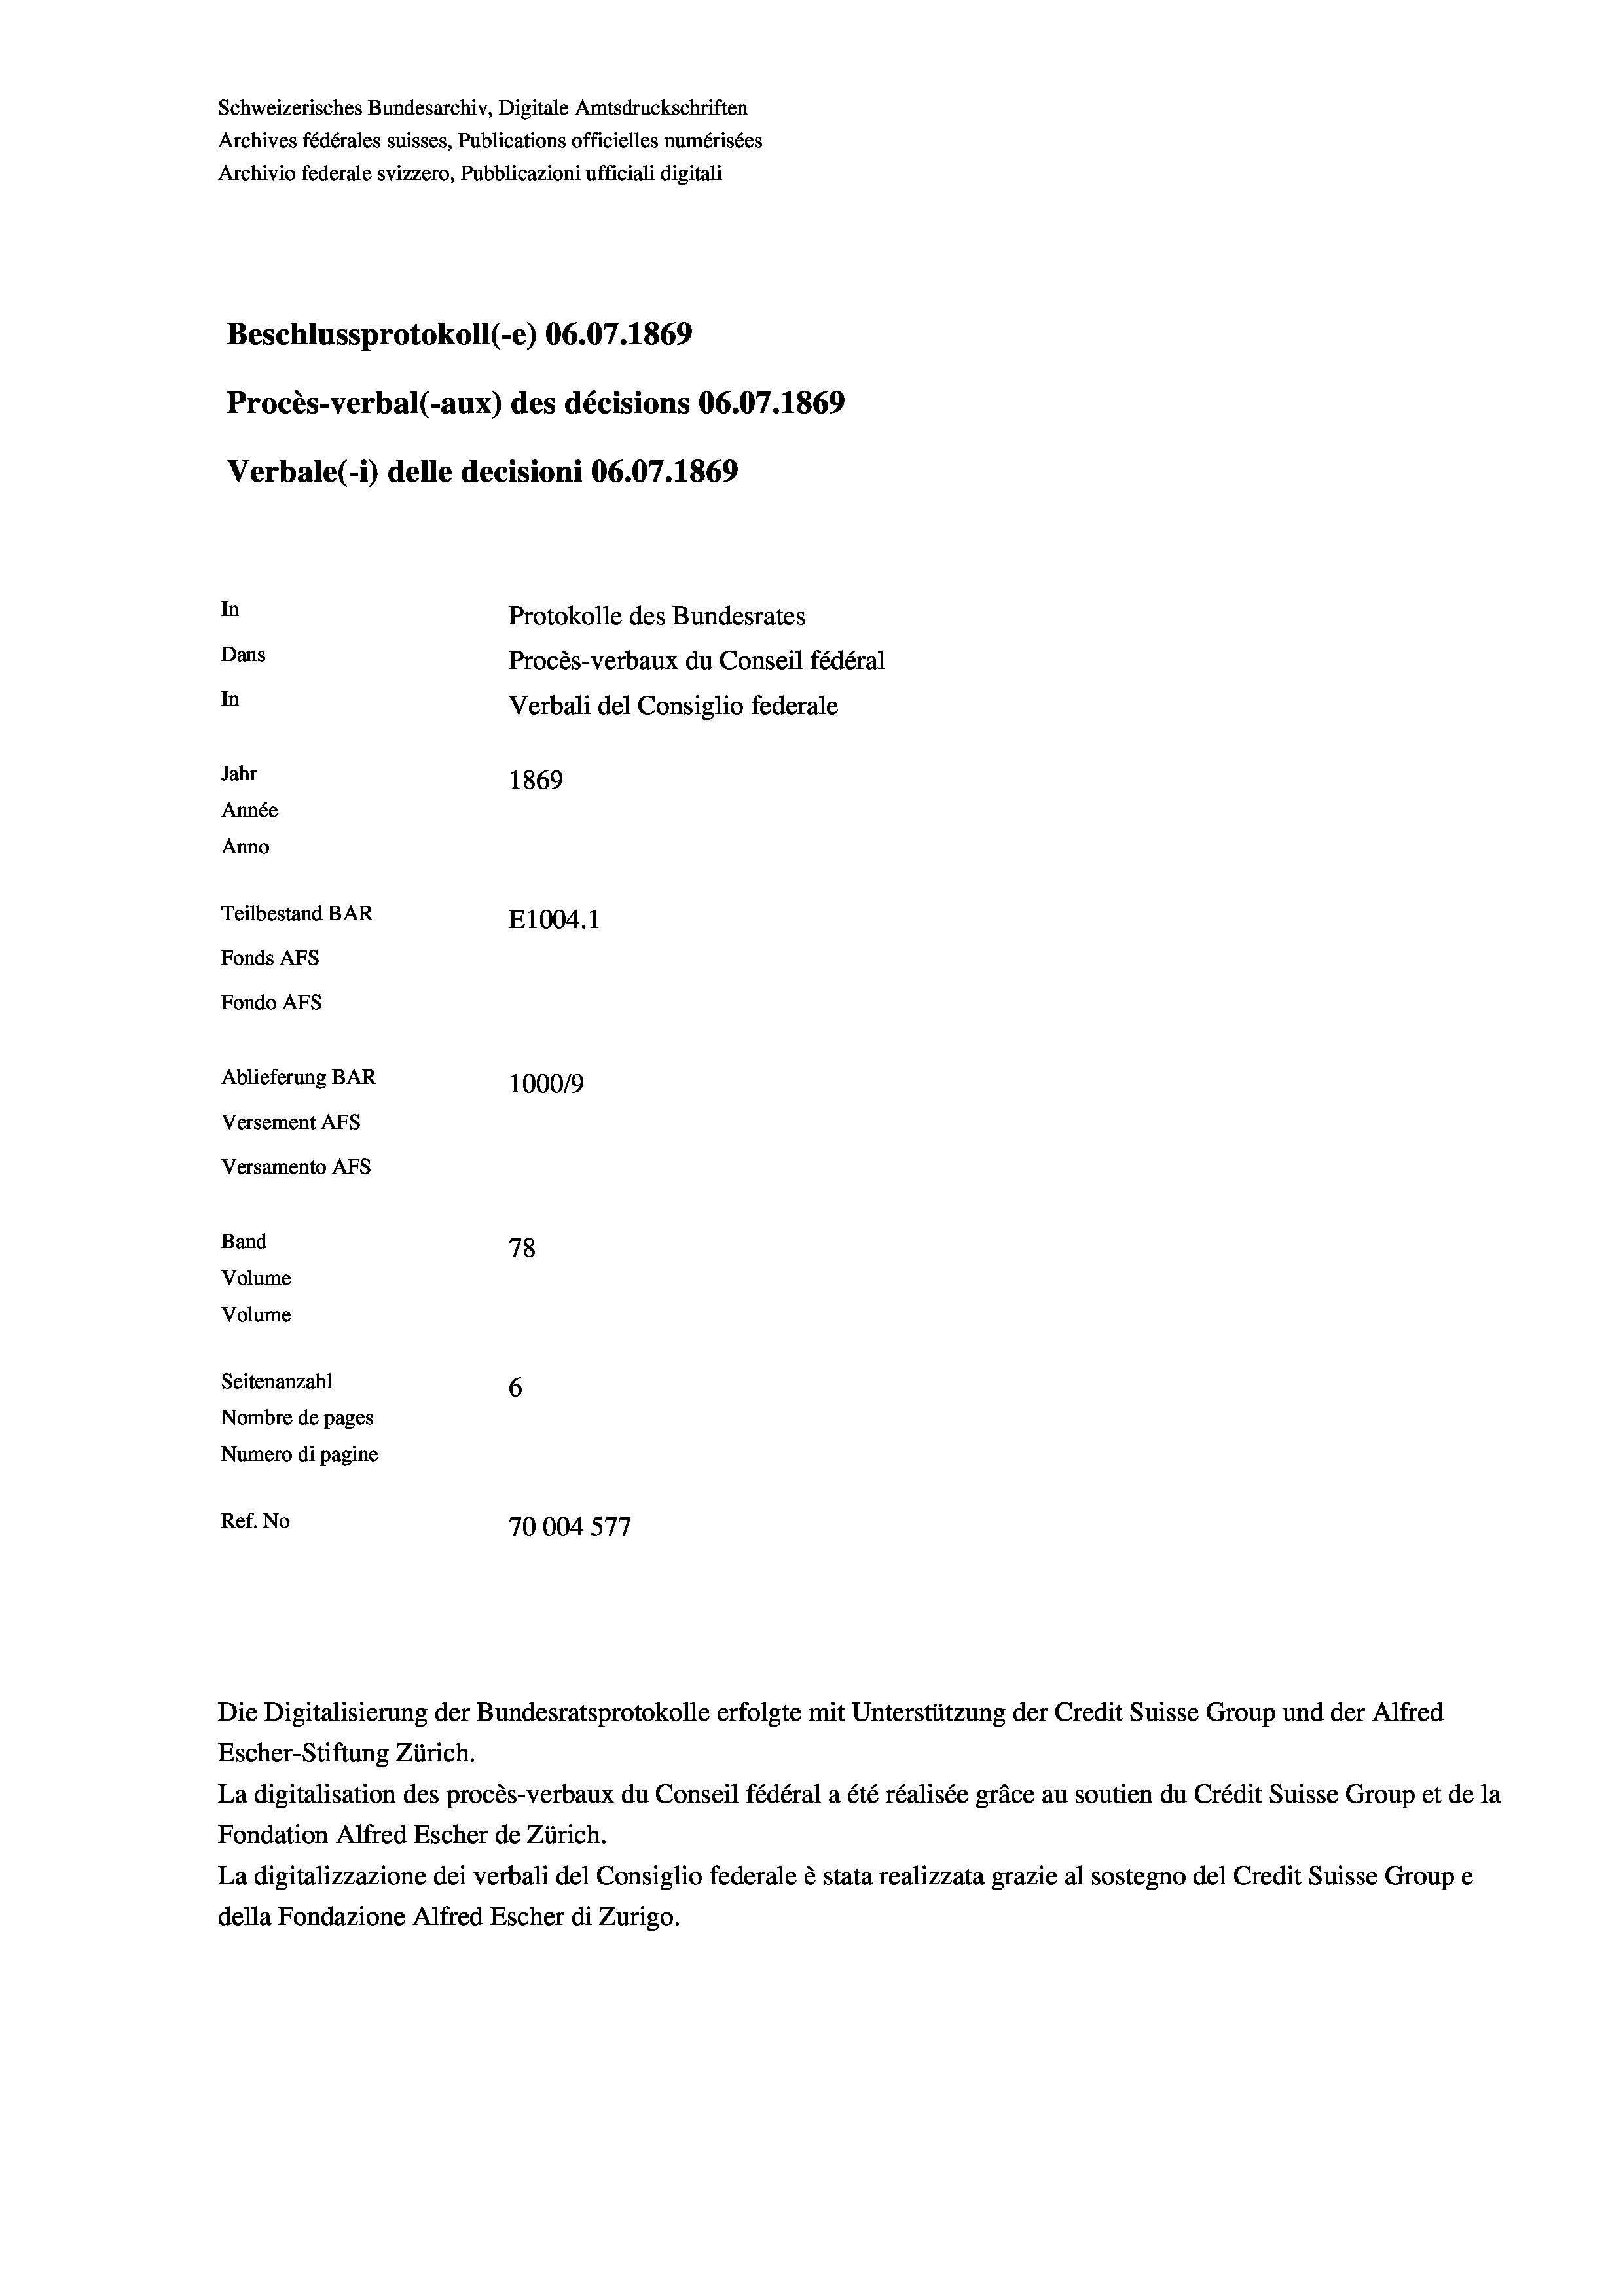
Schweizerisches Bundesarchiv, Digitale Amtsdruckschriften
Archives fédérales suisses, Publications officielles numérisées
Archivio federale svizzero, Pubblicazioni ufficiali digitali
Beschlussprotokoll (-e) 06.07. 1869
Procès-verbal (-aux) des décisions 06.07.1869
Verbale (i) delle decisioni 06.07. 1869
In
Protokolle des Bundesrates
Dans
Procès-verbaux du Conseil fédéral
In
Verbali del Consiglio federale
Jahr
1869
Année
Anno
Teilbestand BAR
E1004. 1
Fonds Afs
Fondo Afs
Ablieferung BAR
100019
Versement AFS
Versamento Afs
Band
78

Volume
Volume
Seitenanzahl
6
Nombre de pages
Numero di pagine
Ref. No
27
70004 571

Escher-Stiftung Zürich.
La digitalisation des procès-verbaux du Conseil fédéral a été réalisée gräce au soutien du Crédit Suisse Group et de la
Fondation Alfred Escher de Zürich.
La digitalizzazione dei verbali del Consiglio federale è stata realizzata grazie al sostegno del Credit Suisse Groupe
della Fondazione Alfred Escher di Zurigo.

Die Digitalisierung der Bundesratsprotokolle erfolgte mit Unterstützung der Credit Suisse Group und der Alfred